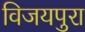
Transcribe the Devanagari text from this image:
विजयपुरा